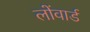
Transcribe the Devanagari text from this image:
लोंवार्ड